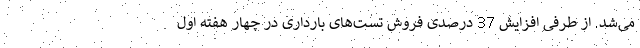
می‌شد. از طرفی افزایش 37 درصدی فروش تست‌های بارداری در چهار هفته اول